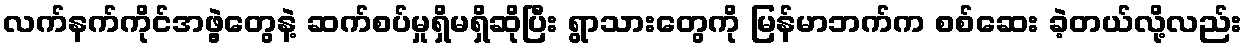
လက်နက်ကိုင်အဖွဲ့တွေနဲ့ ဆက်စပ်မှုရှိမရှိဆိုပြီး ရွာသားတွေကို မြန်မာဘက်က စစ်ဆေး ခဲ့တယ်လို့လည်း